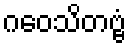
ဂဝေသိတဗ္ဗံ